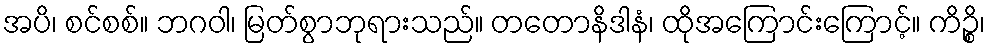
အပိ၊ စင်စစ်။ ဘဂဝါ၊ မြတ်စွာဘုရားသည်။ တတောနိဒါနံ၊ ထိုအကြောင်းကြောင့်။ ကိဉ္စိ၊